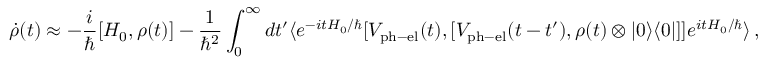
\dot { \rho } ( t ) \approx - \frac { i } { \hbar } [ H _ { 0 } , \rho ( t ) ] - \frac { 1 } { \hbar ^ { 2 } } \int _ { 0 } ^ { \infty } d t ^ { \prime } \langle e ^ { - i t H _ { 0 } / \hbar } [ V _ { \mathrm { p h - e l } } ( t ) , [ V _ { \mathrm { p h - e l } } ( t - t ^ { \prime } ) , \rho ( t ) \otimes | 0 \rangle \langle 0 | ] ] e ^ { i t H _ { 0 } / \hbar } \rangle \, ,